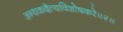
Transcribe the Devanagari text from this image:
अन्धकदैत्यविशोषकरे॥२॥